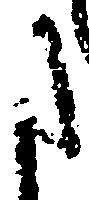
た